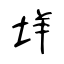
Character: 垟